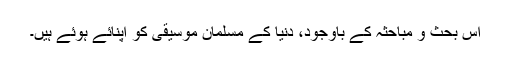
اس بحث و مباحثہ کے باوجود، دنیا کے مسلمان موسیقی کو اپنائے ہوئے ہیں۔